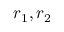
r _ { 1 } , r _ { 2 }